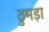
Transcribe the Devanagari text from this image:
ठुमड़ा